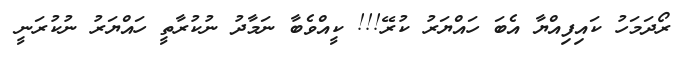
ރޯދަމަހު ކައިފިއްޔާ އެބަ ހައްޔަރު ކުރޭ!!! ކީއްވެބާ ނަމާދު ނުކުރާތީ ހައްޔަރު ނުކުރަނީ